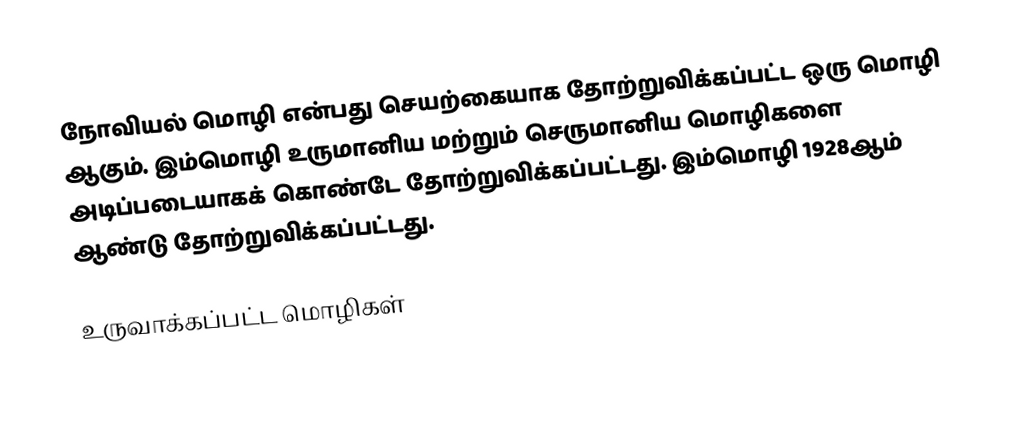
நோவியல் மொழி என்பது செயற்கையாக தோற்றுவிக்கப்பட்ட ஒரு மொழி ஆகும். இம்மொழி உருமானிய மற்றும் செருமானிய மொழிகளை அடிப்படையாகக் கொண்டே தோற்றுவிக்கப்பட்டது. இம்மொழி 1928ஆம் ஆண்டு தோற்றுவிக்கப்பட்டது.

உருவாக்கப்பட்ட மொழிகள்